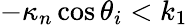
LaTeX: -\kappa_{n}\cos\theta_{i}<k_{1}